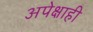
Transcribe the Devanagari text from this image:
अपेक्षाही